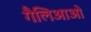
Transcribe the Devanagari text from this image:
गैलिआओ